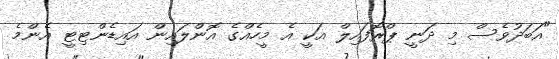
"އަބަދުވެސް މި ދަނީ ޕްރޮފައިލް އަކީ އެ މީހެއްގެ އޮންލައިން އައިޑެންޓިޓީ އެންމެ